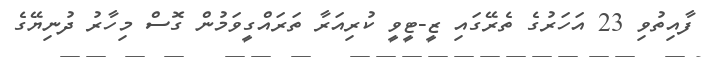
ފާއިތުވި 23 އަހަރުގެ ތެރޭގައި ޒީ-ޓީވީ ކުރިއަރާ ތަރައްގީވަމުން ގޮސް މިހާރު ދުނިޔޭގެ